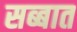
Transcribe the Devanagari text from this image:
सब्बात